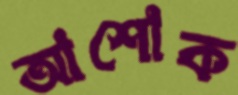
আশোক